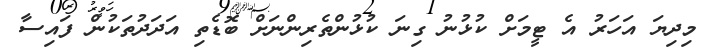
މިދިޔަ އަހަރު އެ ޓީމަށް ކުޅުނު ގިނަ ކުޅުންތެރިންނަށް ބޮޑެތި އަދަދުތަކުން ފައިސާ